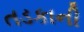
તડકાની